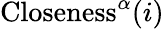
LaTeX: \mathrm{{Closeness}}^{\alpha}(i)